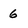
Character: 6